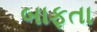
બાફતા